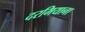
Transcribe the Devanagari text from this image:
दरमियाना